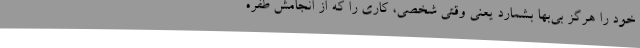
خود را هرگز بی‌بها بشمارد یعنی وقتی شخصی، کاری را که از انجامش طفره